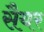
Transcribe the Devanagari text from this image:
सैयर